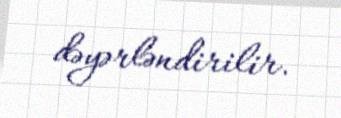
dəyərləndirilir.